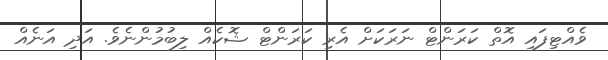
ވެއްޓިފައި އޮތް ކަރަންޓް ނަރަކަށް އެރި ކަރަންޓް ޝޮކެއް ލިބުމުންނެވެ. އަދި އަނެއް